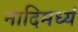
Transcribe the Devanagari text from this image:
नादिमध्यं